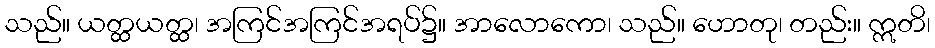
သည်။ ယတ္ထယတ္ထ၊ အကြင်အကြင်အရပ်၌။ အာလောကော၊ သည်။ ဟောတု၊ တည်း။ ဣတိ၊